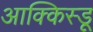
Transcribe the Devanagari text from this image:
आक्किस्डू